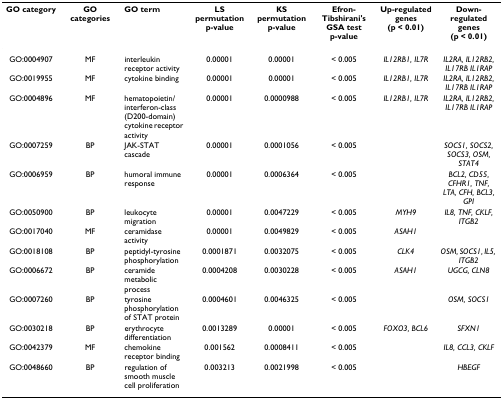
<table><thead><tr><td><b>GO category</b></td><td><b>GO categories</b></td><td><b>GO term</b></td><td><b>LS permutation p-value</b></td><td><b>KS permutation p-value</b></td><td><b>Efron-Tibshirani&#x27;s GSA testp-value</b></td><td><b>Up-regulated genes(p &lt; 0.01)</b></td><td><b>Down-regulated genes(p &lt; 0.01)</b></td></tr></thead><tbody><tr><td>GO:0004907</td><td>MF</td><td>interleukin receptor activity</td><td>0.00001</td><td>0.00001</td><td>&lt; 0.005</td><td><i>IL12RB1, IL7R</i></td><td><i>IL2RA, IL12RB2, IL17RB IL1RAP</i></td></tr><tr><td>GO:0019955</td><td>MF</td><td>cytokine binding</td><td>0.00001</td><td>0.00001</td><td>&lt; 0.005</td><td><i>IL12RB1, IL7R</i></td><td><i>IL2RA, IL12RB2, IL17RB IL1RAP</i></td></tr><tr><td>GO:0004896</td><td>MF</td><td>hematopoietin/interferon-class (D200-domain) cytokine receptor activity</td><td>0.00001</td><td>0.0000988</td><td>&lt; 0.005</td><td><i>IL12RB1, IL7R</i></td><td><i>IL2RA, IL12RB2, IL17RB IL1RAP</i></td></tr><tr><td>GO:0007259</td><td>BP</td><td>JAK-STAT cascade</td><td>0.00001</td><td>0.0001056</td><td>&lt; 0.005</td><td></td><td><i>SOCS1, SOCS2, SOCS3, OSM, STAT4</i></td></tr><tr><td>GO:0006959</td><td>BP</td><td>humoral immune response</td><td>0.00001</td><td>0.0006364</td><td>&lt; 0.005</td><td></td><td><i>BCL2, CD55, CFHR1, TNF, LTA, CFH, BCL3, GPI</i></td></tr><tr><td>GO:0050900</td><td>BP</td><td>leukocyte migration</td><td>0.00001</td><td>0.0047229</td><td>&lt; 0.005</td><td><i>MYH9</i></td><td><i>IL8, TNF, CKLF, ITGB2</i></td></tr><tr><td>GO:0017040</td><td>MF</td><td>ceramidase activity</td><td>0.00001</td><td>0.0049829</td><td>&lt; 0.005</td><td><i>ASAH1</i></td><td></td></tr><tr><td>GO:0018108</td><td>BP</td><td>peptidyl-tyrosine phosphorylation</td><td>0.0001871</td><td>0.0032075</td><td>&lt; 0.005</td><td><i>CLK4</i></td><td><i>OSM, SOCS1, IL5, ITGB2</i></td></tr><tr><td>GO:0006672</td><td>BP</td><td>ceramide metabolic process</td><td>0.0004208</td><td>0.0030228</td><td>&lt; 0.005</td><td><i>ASAH1</i></td><td><i>UGCG, CLN8</i></td></tr><tr><td>GO:0007260</td><td>BP</td><td>tyrosine phosphorylation of STAT protein</td><td>0.0004601</td><td>0.0046325</td><td>&lt; 0.005</td><td></td><td><i>OSM, SOCS1</i></td></tr><tr><td>GO:0030218</td><td>BP</td><td>erythrocyte differentiation</td><td>0.0013289</td><td>0.00001</td><td>&lt; 0.005</td><td><i>FOXO3, BCL6</i></td><td><i>SFXN1</i></td></tr><tr><td>GO:0042379</td><td>MF</td><td>chemokine receptor binding</td><td>0.001562</td><td>0.0008411</td><td>&lt; 0.005</td><td></td><td><i>IL8, CCL3, CKLF</i></td></tr><tr><td>GO:0048660</td><td>BP</td><td>regulation of smooth muscle cell proliferation</td><td>0.003213</td><td>0.0021998</td><td>&lt; 0.005</td><td></td><td><i>HBEGF</i></td></tr></tbody></table>